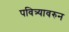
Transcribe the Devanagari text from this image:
पवित्र्यावरुन